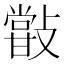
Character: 𣀏